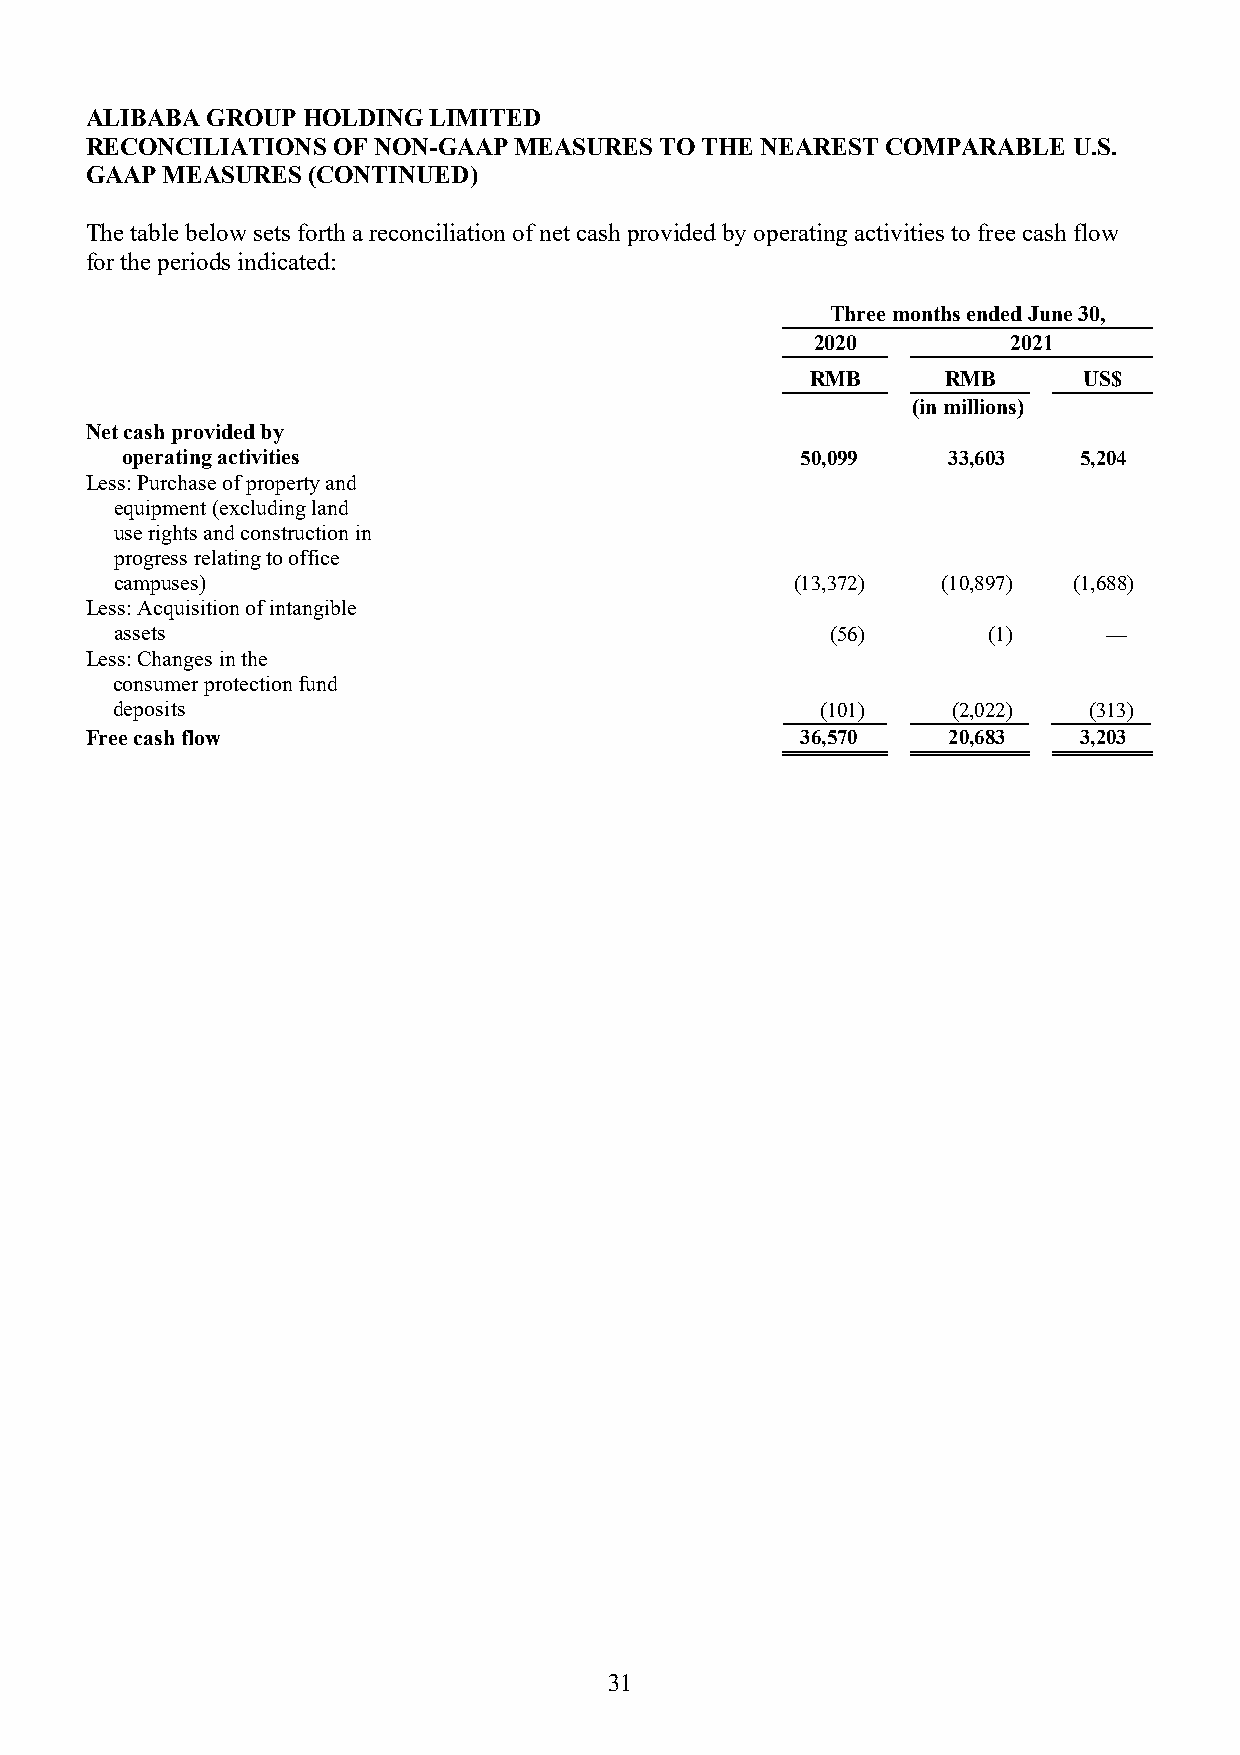
ALIBABA GROUP HOLDING LIMITED
 RECONCILIATIONS OF NON-GAAP MEASURES  TO THE NEAREST COMPARABLE  U.S.
 GAAP MEASURES (CONTINUED)
 The table below sets forth a reconciliation of net cash provided by operating activities to free cash flow
 for the periods indicated:
 Three months ended June 30,
 2020         2021
 RMB      RMB      US$
 (in millions)
 Net cash provided by
 operating activities                         50,099    33,603  5,204
 Less: Purchase of property and
 equipment (excluding land
 use rights and construction in
 progress relating to office
 campuses)                                    (13,372) (10,897) (1,688)
 Less: Acquisition of intangible
 assets                                         (56)      (1)     —
 Less: Changes in the
 consumer protection fund
 deposits                                      (101)    (2,022)  (313)
 Free cash flow                                 36,570    20,683  3,203
 31